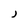
Character: J